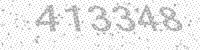
Solution: 413348